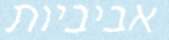
אביביות